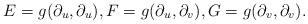
LaTeX: \begin{align*}E=g(\partial_u,\partial_u),F=g(\partial_u,\partial_v),G=g(\partial_v,\partial_v).\end{align*}